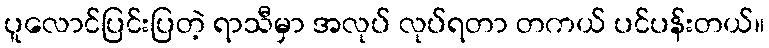
ပူလောင်ပြင်းပြတဲ့ ရာသီမှာ အလုပ် လုပ်ရတာ တကယ် ပင်ပန်းတယ်။